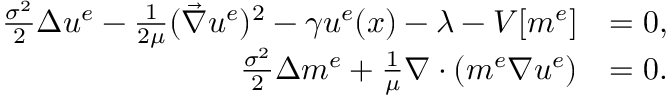
\begin{array} { r l } { \frac { \sigma ^ { 2 } } { 2 } \Delta { u ^ { e } } - \frac { 1 } { 2 \mu } ( \vec { \nabla } u ^ { e } ) ^ { 2 } - \gamma u ^ { e } ( x ) - \lambda - V [ m ^ { e } ] } & { = 0 , } \\ { \frac { \sigma ^ { 2 } } { 2 } \Delta m ^ { e } + \frac { 1 } { \mu } \nabla \cdot ( m ^ { e } \nabla u ^ { e } ) } & { = 0 . } \end{array}